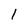
Character: 1